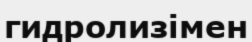
гидролизімен